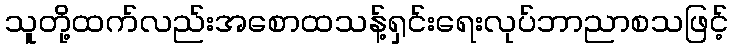
သူတို့ထက်လည်းအစောထသန့်ရှင်းရေးလုပ်ဘာညာစသဖြင့်